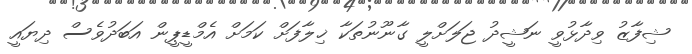
ޝިފާޒު ވިދާޅުވީ ނަޝީދު ޖަލަށްލީ ގާނޫނުތަކާ ޚިލާފަށް ކަމަށް އެމްޑީޕީން އަބަދުވެސް ދިޔައީ